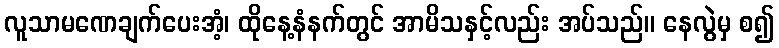
လူသာမဏေချက်ပေးအံ့၊ ထိုနေ့နံနက်တွင် အာမိသနှင့်လည်း အပ်သည်။ နေလွဲမှ စ၍